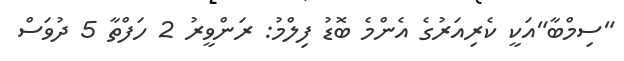
"ސިމްބާ"އަކީ ކެރިއަރުގެ އެންމެ ބޮޑު ފިލްމު: ރަންވީރު 2 ހަފްތާ 5 ދުވަސް